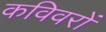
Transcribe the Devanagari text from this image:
कविवरों